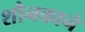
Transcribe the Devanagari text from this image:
शौनकाने